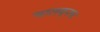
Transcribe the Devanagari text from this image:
चालवूनच